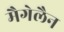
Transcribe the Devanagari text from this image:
मैगेलैन